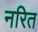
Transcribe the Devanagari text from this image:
नरित